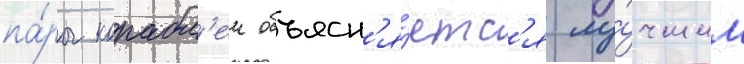
па́ры корабл'еи объясн'я́етс'я лу́чшим